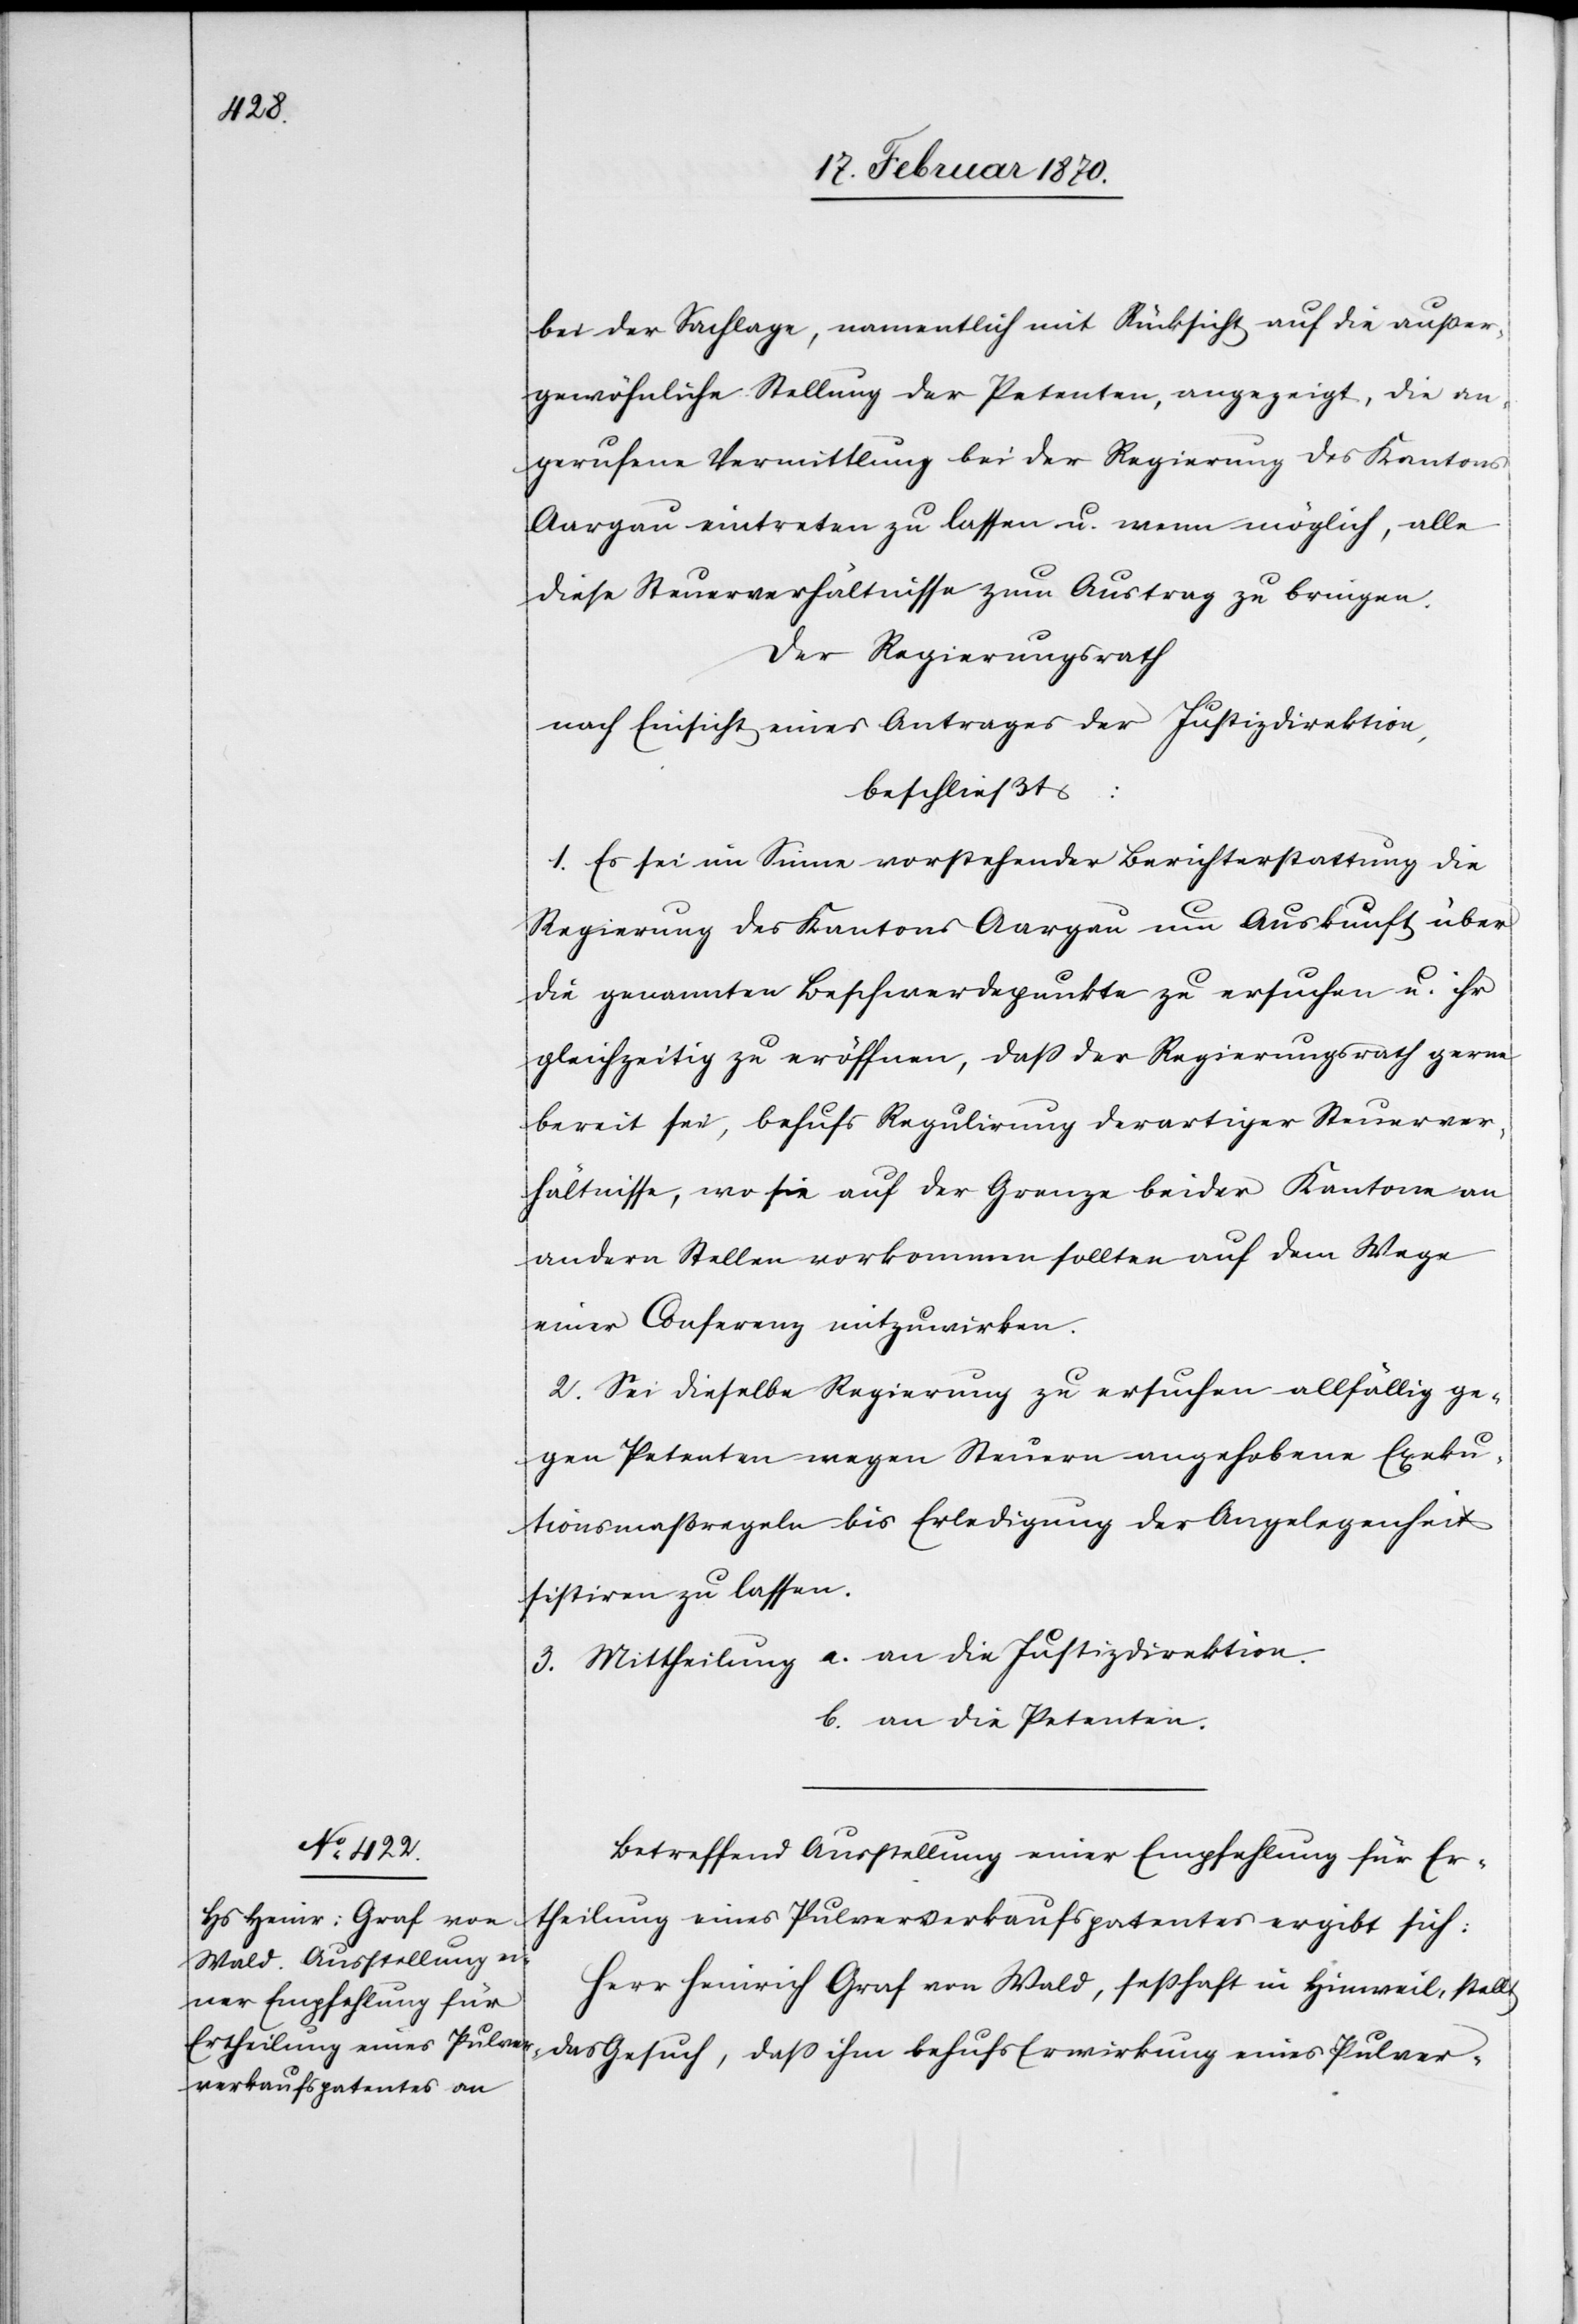
bei der Sachlage, namentlich mit Rücksicht auf die ausser¬
gewöhnliche Stellung der Petenten, angezeigt, die an¬
gerufene Vermittlung bei der Regierung des Kantons
Aargau eintreten zu lassen u. wenn möglich, alle
diese Steuerverhältnisse zum Austrag zu bringen.
Der Regierungsrath
nach Einsicht eines Antrages der Justizdirektion
beschließt:
1. Es sei im Sinne vorstehender Berichterstattung die
Regierung des Kantons Aargau um Auskunft über
die genannten Beschwerdepunkte zu ersuchen u. ihr
gleichzeitig zu eröffnen, dass der Regierungsrath gerne
bereit sei, behufs Regulirung derartiger Steuerver¬
hältnisse, wo sie auf der Grenze beider Kantone an
andern Stellen vorkommen sollten auf dem Wege
einer Conferenz mitzuwirken.
2. Sei dieselbe Regierung zu ersuchen allfällige ge¬
gen Petenten wegen Steuern angehobene Exeku¬
tionsmaßregeln bis Erledigung der Angelegenheit
sistiren zu lassen.
3. Mittheilung a. an die Justizdirektion
b. an die Petenten.
Betreffend Ausstellung einer Empfehlung für Er¬
theilung eines Pulververkaufspatentes ergibt sich:
Herr Heinrich Graf von Wald, sesshaft in Hinweil, stellt
das Gesuch, dass ihm behufs Erwirkung eines Pulver-